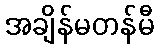
အချိန်မတန်မီ